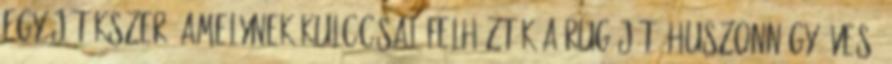
egy játékszer, amelynek kulccsal felhúzták a rugóját. Huszonnégy éves,